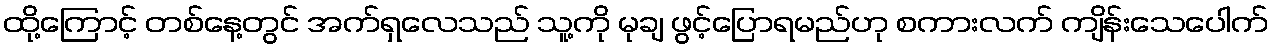
ထို့ကြောင့် တစ်နေ့တွင် အက်ရှလေသည် သူ့ကို မုချ ဖွင့်ပြောရမည်ဟု စကားလက် ကျိန်းသေပေါက်